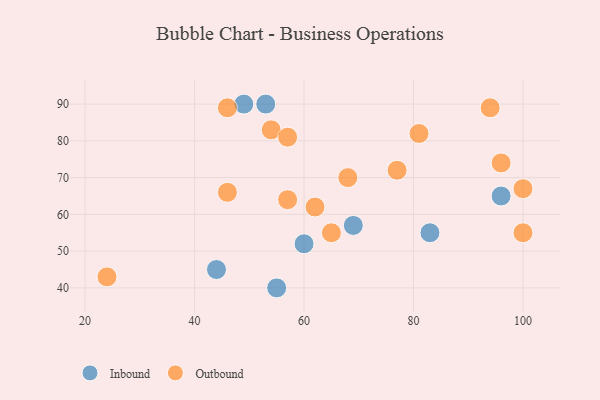
{"axis": {"x": "GDP", "y": "Life Expectancy"}, "legend": ["Inbound", "Outbound"], "data": [{"x": "49", "y": 90, "type": "Inbound"}, {"x": "60", "y": 52, "type": "Inbound"}, {"x": "44", "y": 45, "type": "Inbound"}, {"x": "69", "y": 57, "type": "Inbound"}, {"x": "83", "y": 55, "type": "Inbound"}, {"x": "96", "y": 65, "type": "Inbound"}, {"x": "55", "y": 40, "type": "Inbound"}, {"x": "53", "y": 90, "type": "Inbound"}, {"x": "54", "y": 83, "type": "Outbound"}, {"x": "81", "y": 82, "type": "Outbound"}, {"x": "46", "y": 66, "type": "Outbound"}, {"x": "57", "y": 64, "type": "Outbound"}, {"x": "94", "y": 89, "type": "Outbound"}, {"x": "62", "y": 62, "type": "Outbound"}, {"x": "100", "y": 55, "type": "Outbound"}, {"x": "65", "y": 55, "type": "Outbound"}, {"x": "57", "y": 81, "type": "Outbound"}, {"x": "77", "y": 72, "type": "Outbound"}, {"x": "68", "y": 70, "type": "Outbound"}, {"x": "96", "y": 74, "type": "Outbound"}, {"x": "24", "y": 43, "type": "Outbound"}, {"x": "46", "y": 89, "type": "Outbound"}, {"x": "100", "y": 67, "type": "Outbound"}]}